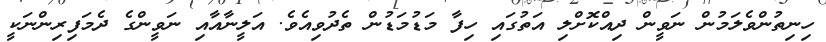
ހިނިތުންވެލަމުން ނަވީން ދިއްކޮށްލި އަތުގައި ހިފާ މަޑުމަޑުން ތެދުވިއެވެ. އަލީނާއާއި ނަވީންގެ ދެމަފިރިންނަކީ